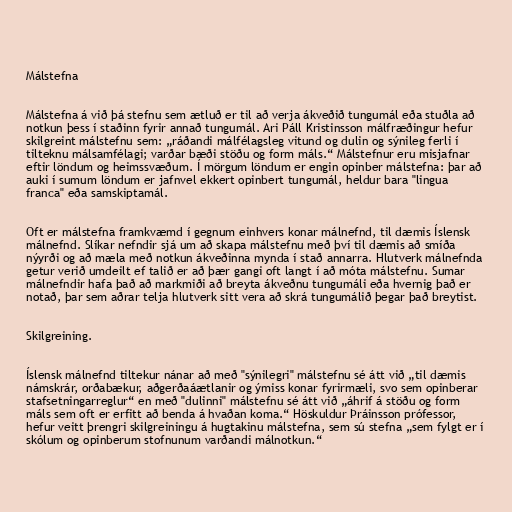
Málstefna

Málstefna á við þá stefnu sem ætluð er til að verja ákveðið tungumál eða stuðla að
notkun þess í staðinn fyrir annað tungumál. Ari Páll Kristinsson málfræðingur hefur
skilgreint málstefnu sem: „ráðandi málfélagsleg vitund og dulin og sýnileg ferli í
tilteknu málsamfélagi; varðar bæði stöðu og form máls.“ Málstefnur eru misjafnar
eftir löndum og heimssvæðum. Í mörgum löndum er engin opinber málstefna: þar að
auki í sumum löndum er jafnvel ekkert opinbert tungumál, heldur bara "lingua
franca" eða samskiptamál.

Oft er málstefna framkvæmd í gegnum einhvers konar málnefnd, til dæmis Íslensk
málnefnd. Slíkar nefndir sjá um að skapa málstefnu með því til dæmis að smíða
nýyrði og að mæla með notkun ákveðinna mynda í stað annarra. Hlutverk málnefnda
getur verið umdeilt ef talið er að þær gangi oft langt í að móta málstefnu. Sumar
málnefndir hafa það að markmiði að breyta ákveðnu tungumáli eða hvernig það er
notað, þar sem aðrar telja hlutverk sitt vera að skrá tungumálið þegar það breytist.

Skilgreining.

Íslensk málnefnd tiltekur nánar að með "sýnilegri" málstefnu sé átt við „til dæmis
námskrár, orðabækur, aðgerðaáætlanir og ýmiss konar fyrirmæli, svo sem opinberar
stafsetningarreglur“ en með "dulinni" málstefnu sé átt við „áhrif á stöðu og form
máls sem oft er erfitt að benda á hvaðan koma.“ Höskuldur Þráinsson prófessor,
hefur veitt þrengri skilgreiningu á hugtakinu málstefna, sem sú stefna „sem fylgt er í
skólum og opinberum stofnunum varðandi málnotkun.“